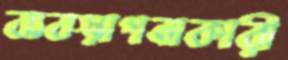
ব্যবস্থাপনাকারী